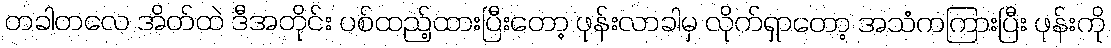
တခါတလေ အိတ်ထဲ ဒီအတိုင်း ပစ်ထည့်ထားပြီးတော့ ဖုန်းလာခါမှ လိုက်ရှာတော့ အသံကကြားပြီး ဖုန်းကို